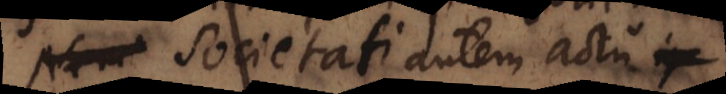
Societati autem actu